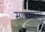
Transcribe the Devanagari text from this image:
सावरगावचे